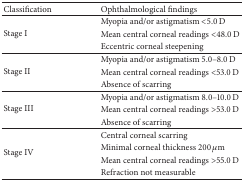
| Classification | Ophthalmological findings |
 | --- | --- |
 | <ROWSPAN=3> Stage I | Myopia and/or astigmatism <5.0 D |
 | Mean central corneal readings <48.0 D |
 | Eccentric corneal steepening |
 | <ROWSPAN=3> Stage II | Myopia and/or astigmatism 5.0–8.0 D |
 | Mean central corneal readings <53.0 D |
 | Absence of scarring |
 | <ROWSPAN=3> Stage III | Myopia and/or astigmatism 8.0–10.0 D |
 | Mean central corneal readings >53.0 D |
 | Absence of scarring |
 | <ROWSPAN=4> Stage IV | Central corneal scarring |
 | Minimal corneal thickness 200 μm |
 | Mean central corneal readings >55.0 D |
 | Refraction not measurable |